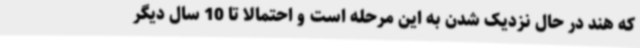
که هند در حال نزدیک شدن به این مرحله است و احتمالا تا 10 سال دیگر